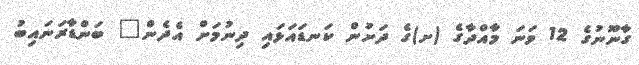
ގާނޫނުގެ 12 ވަނަ މާއްދާގެ (ށ)ގެ ދަށުން ކަނޑައަޅައި ދިނުމަށް އެދެން" ބަންޑާރަނައިބު